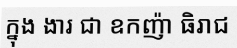
ក្នុង ងារ ជា ឧកញ៉ា ធិរាជ